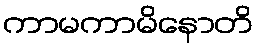
ကာမကာမိနောတိ